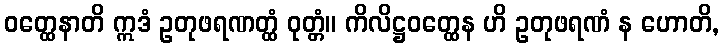
ဝတ္ထေနာတိ ဣဒံ ဥတုဖရဏတ္ထံ ဝုတ္တံ။ ကိလိဋ္ဌဝတ္ထေန ဟိ ဥတုဖရဏံ န ဟောတိ,